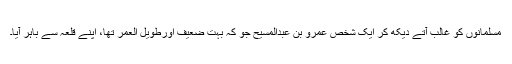
مسلمانوں کو غالب آتے دیکھ کر ایک شخص عمرو بن عبدالمسیح جو کہ بہت ضعیف اورطویل العمر تھا، اپنے قلعہ سے باہر آیا۔